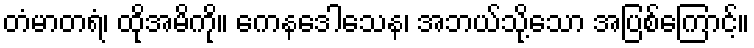
တံမာတရံ၊ ထိုအမိကို။ ကေနဒေါသေန၊ အဘယ်သို့သော အပြစ်ကြောင့်။